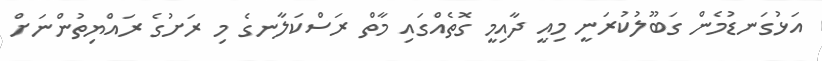
އަޅުގަނޑުމެން ގަބޫލުކުރަނީ މިއީ ދާއިމީ ގޮތެއްގައި މާތް ރަސްކަލާނގެ މި ރަށުގެ ރައްޔިތުންނަށް